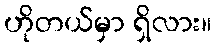
ဟိုတယ်မှာ ရှိလား။